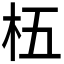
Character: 𬂡